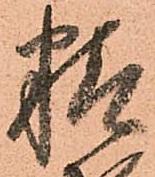
精